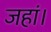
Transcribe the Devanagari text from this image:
जहां।